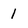
Character: 1